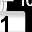
Digit: 1